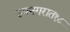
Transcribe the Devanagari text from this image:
उपनगरात१८